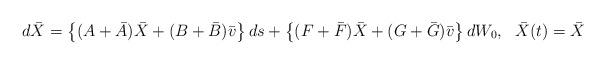
LaTeX: \begin{align*} d\bar X = \left\{(A + \bar{A})\bar X + (B + \bar{B})\bar v \right\}ds+ \left\{(F + \bar{F})\bar X + (G + \bar{G})\bar v\right\}dW_0, \ \ \bar X(t) = \bar X\end{align*}